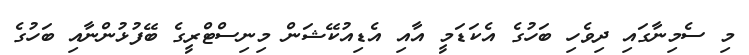
މި ސެމިނާގައި ދިވެހި ބަހުގެ އެކަޑަމީ އާއި އެޑިއުކޭޝަން މިނިސްޓްރީގެ ބޭފުޅުންނާއި ބަހުގެ